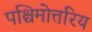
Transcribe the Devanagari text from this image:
पश्चिमोत्तरिय